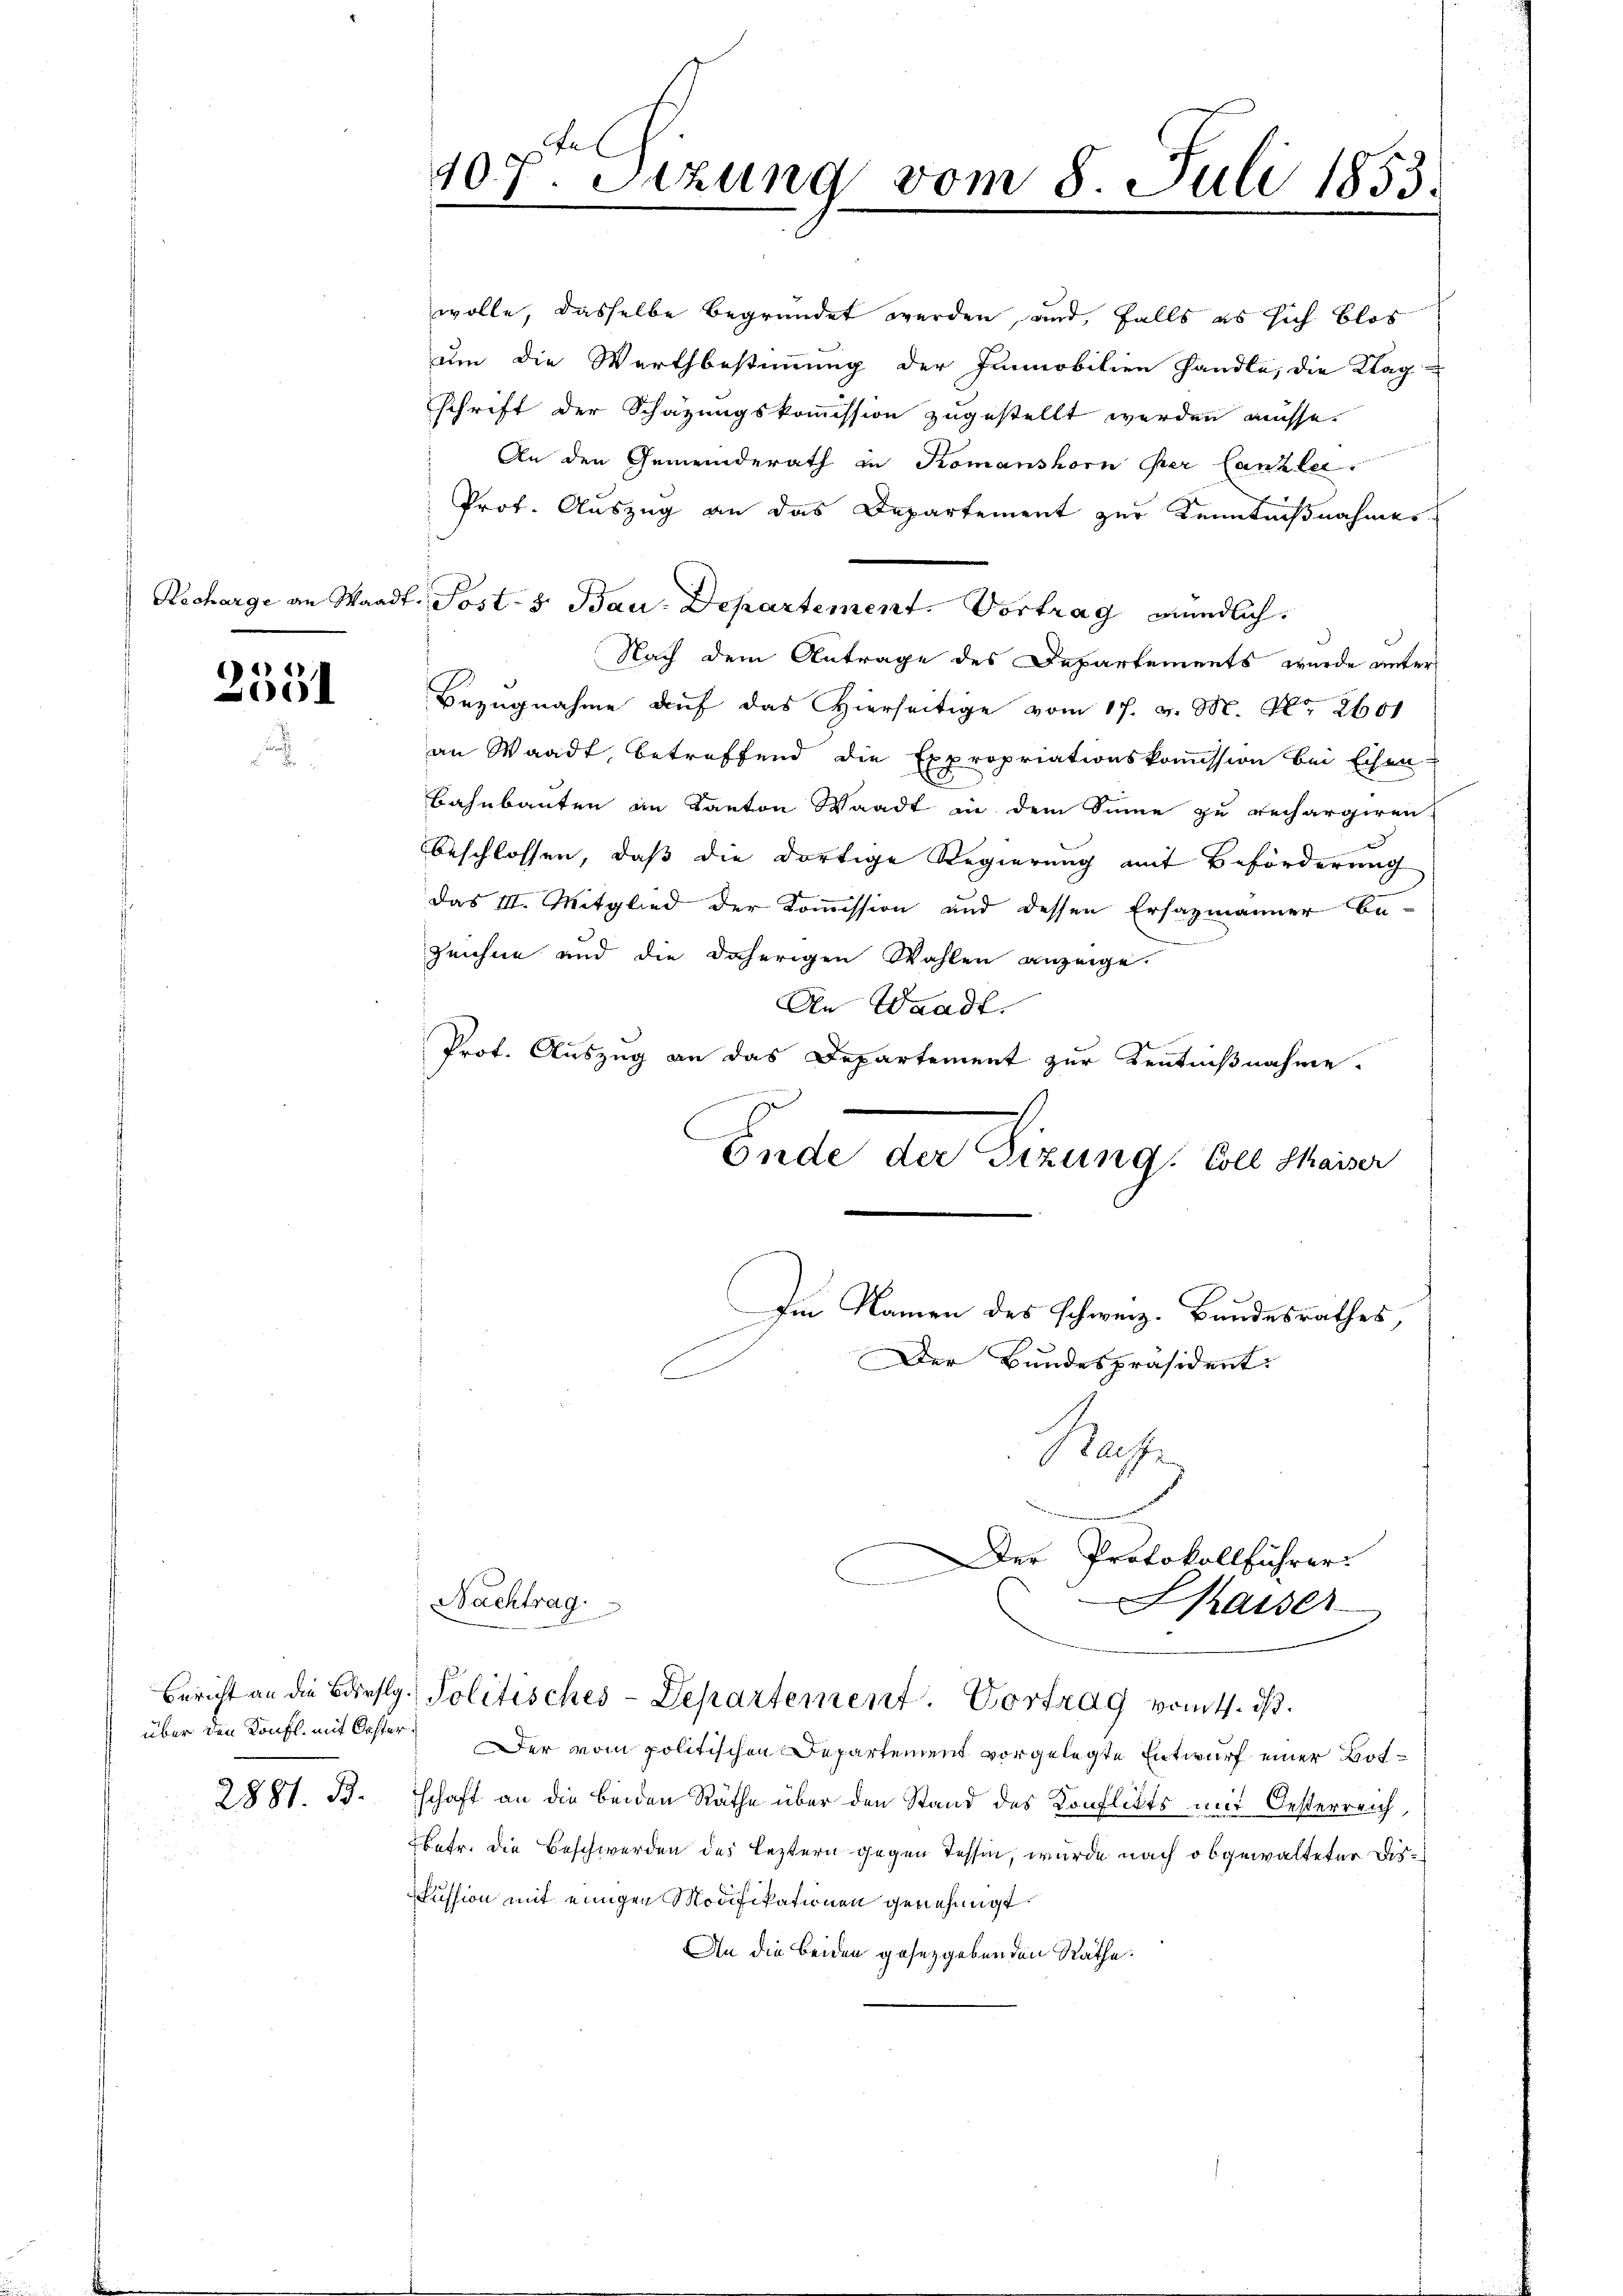
2551

2881. B.

fe
107. Sizung vom 8. Juli 1853.

.

wolle, dasselbe begründet werden, und, falls es sich blos
um die Wartbestimmung der Immobilien handle, die Klag
schrift der Schazungskommission zugestellt werden müsse.
An den Gemeinderath in Komanshorn per Canzlei
Prof. Auszug an das Departement zur Kenntnißnahmes
Nach dem Antrage des Departements wurde unter
Bezugnahme auf das Hierseitige vom 17. v. M. Nr. 2601
an Waadt, betreffend die Expropriationskommission bei Eisen-
Bahnbauten an Kanton Waadt in dem Sinne zu rechargiren.
beschlossen, daß die dortige Regierung mit Beförderung
das III. Mitglied der Kommission und dessen Ersazmänner be¬
Zeichne und die daherigen Wahlen anzeige.
An Waadt.
Prof. Auszug an das Departement zur Kenntnißnahme.
Ende der Sizung Coll Saiser

über den Konfl mit Oester. Der vom politischen Departement vorgelegte Entwurf einer Botschaft an die beiden Räthe über den Stand des Konflikts mit Oesterreich,
betr. die Beschwerden des Leztern gegen Tessin, wurde nach obgewalteter Disussion mit einigen Modifikationen genehmigt.
An die beiden gesetzgebenden Räthe.

Recharge an Waadt. Post- & Bau-Departement. Vortrag mündlich.

Im Namen des schweiz. Bundesrathes
Der Bundespräsident:

Rache
Der Protokollführer.

Nachtrag
Bericht an die Bürslg. Politisches-Departement. Vortrag vom 4. ds.

Shaiser